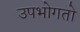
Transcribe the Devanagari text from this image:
उपभोगतो